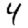
Digit: 4